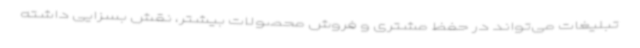
تبلیغات می‌تواند در حفظ مشتری و فروش محصولات بیشتر، نقش بسزایی داشته